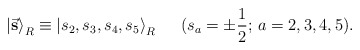
\begin{align*} {\vert \vec{\bf s} \rangle}_{R} \equiv {\vert s_{2}, s_{3}, s_{4},s_{5} \rangle}_{R} \,\,\,\,\,\,\,\,\, (s_{a}=\pm\frac{1}{2}; \, a= 2,3, 4, 5).\end{align*}